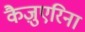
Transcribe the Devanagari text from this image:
कैज़ुएरिना